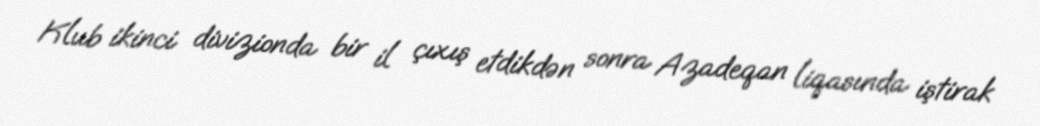
Klub ikinci divizionda bir il çıxış etdikdən sonra Azadeqan liqasında iştirak